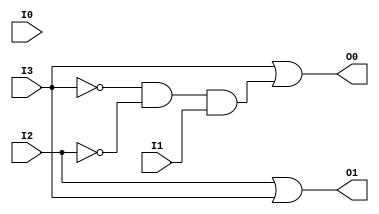
/////////////////////////////////////////////////////////////////////
// ---------------------- IVCAD 2021 Spring ---------------------- //
// ---------------------- Editor: Tseng Hsin-Yu (Sylvia) --------- //
// ---------------------- Version : v.1.00  ---------------------- //
// ---------------------- Date : 2021.02    ---------------------- //
// ---------------------- priority encoder  ---------------------- // 
/////////////////////////////////////////////////////////////////////

// Module name and I/O port
module encoder(I3,I2,I1,I0,O1,O0);

// Input and output ports declaration
input I3,I2,I1,I0;
output O1,O0;
 
/********* O0 ***********/
wire i3, i2, o0;
not(i3,I3);
not(i2,I2);
and(o0,i3,i2,I1);
or(O0,I3,o0);


/********* O1 ***********/
or(O1,I2,I3);

endmodule